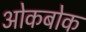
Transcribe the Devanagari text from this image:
ओकबोक